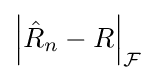
\left|{\hat {R}}_{n}-R\right|_{\mathcal {F}}